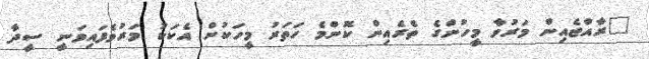
"ރާއްޖެއިން މަރުވާ މީހުންގެ ތެރެއިން ކޮންމެ ހަތަރު މީހަކުން އެކަކު މަރުވެފައިވަނީ ސީދާ